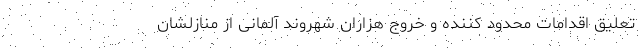
تعلیق اقدامات محدود کننده و خروج هزاران شهروند آلمانی از منازلشان